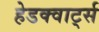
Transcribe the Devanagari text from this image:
हेडक्वार्ट्स